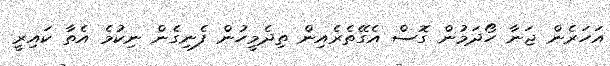
އަހަރެން ޖަނާ ހޯދަމުން ގޮސް އެގޭތެރެއިން ތިދެމީހުން ފެނިގެން ނިކުމެ އެތާ ކައިރީ